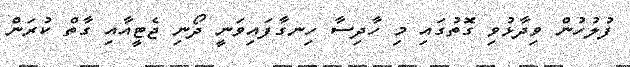
ފުލުހުން ވިދާޅުވި ގޮތުގައި މި ހާދިސާ ހިނގާފައިވަނީ ދޯނި ޖެޓީއާއި ގާތް ކުރަން